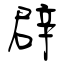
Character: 辟